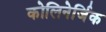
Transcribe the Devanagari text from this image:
कोलिनेर्जिक